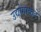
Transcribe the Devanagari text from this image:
उद्योगाकडे